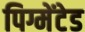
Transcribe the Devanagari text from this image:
पिग्मेंटेड